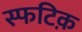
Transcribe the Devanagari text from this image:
स्फटिक़